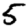
Digit: 5